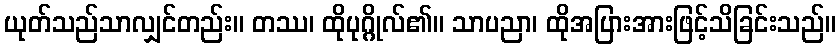
ယုတ်သည်သာလျှင်တည်း။ တဿ၊ ထိုပုဂ္ဂိုလ်၏။ သာပညာ၊ ထိုအပြားအားဖြင့်သိခြင်းသည်။